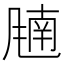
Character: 𬲁